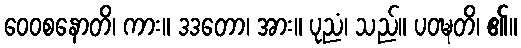
ဝေဝစနောတိ၊ ကား။ ဒဒတော၊ အား။ ပုညံ၊ သည်။ ပဝဍ္ဎတိ၊ ၏။